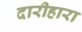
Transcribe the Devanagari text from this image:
दारीहारा